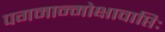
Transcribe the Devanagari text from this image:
पगमान्मोक्षावाप्तिः